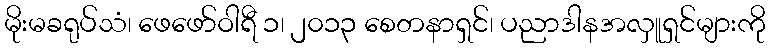
မိုးမခရုပ်သံ၊ ဖေဖော်ဝါရီ ၁၊ ၂၀၁၃ စေတနာရှင်၊ ပညာဒါနအလှူရှင်များကို